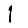
Digit: 1